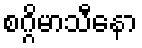
စဂ္ဂိမာသီနော